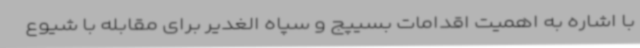
با اشاره به اهمیت اقدامات بسیپج و سپاه الغدیر برای مقابله با شیوع